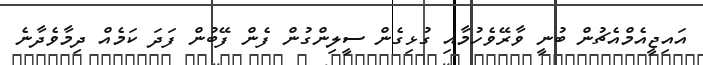
އައިޖީއެމްއެޗުން ބުނީ ވާރޭވެހުމާއި ގުޅިގެން ސީލިންގުން ފެން ފޭބުން ފަދަ ކަމެއް ދިމާވެދާނެ